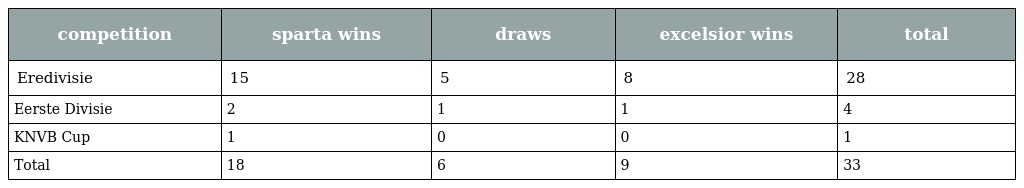
| competition | sparta wins | draws | excelsior wins | total |
 | --- | --- | --- | --- | --- |
 | Eredivisie | 15 | 5 | 8 | 28 |
 | Eerste Divisie | 2 | 1 | 1 | 4 |
 | KNVB Cup | 1 | 0 | 0 | 1 |
 | Total | 18 | 6 | 9 | 33 |